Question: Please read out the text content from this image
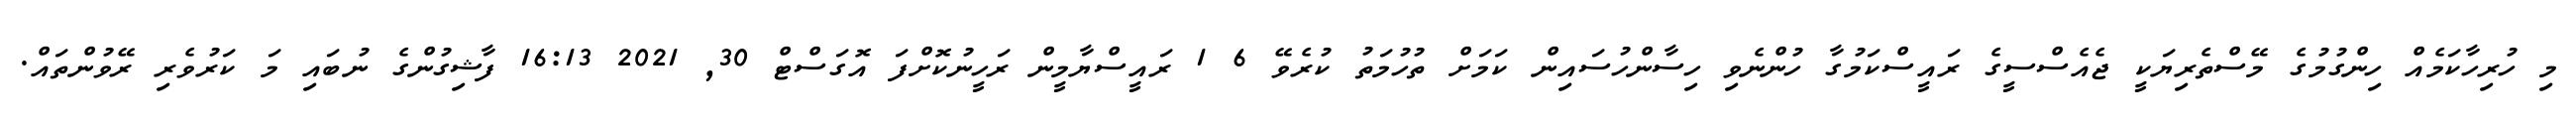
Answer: މި ހުރިހާކަމެއް ހިންގުމުގެ މޭސްތެރިޔަކީ ޖެއެސްސީގެ ރައީސްކަމުގާ ހުންނެވި ހިސާންހުސައިން ކަމަށް ތުހުމަތު ކުރެވޭ 6 1 ރައީސްޔާމީން ރަހީނުކޮށްފަ އޮގަސްޓް 30, 2021 16:13 ފާޝިގުންގެ ނުބައި މަ ކަރުވެރި ރޭވުންތައް.